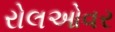
રોલઓવર